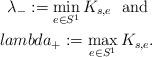
LaTeX: \begin{align*}\lambda_-:=\min_{e\in S^1} K_{s,e} \ {\mbox{ and }} \\lambda_+:=\max_{e\in S^1} K_{s,e}.\end{align*}